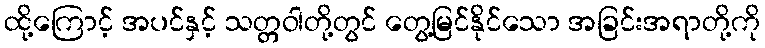
ထို့ကြောင့် အပင်နှင့် သတ္တဝါတို့တွင် တွေ့မြင်နိုင်သော အခြင်းအရာတို့ကို